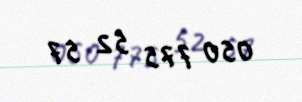
050 775 52 57